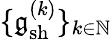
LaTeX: \{ \mathfrak{g}_{\mathrm{sh}}^{(k)}\} _{k\in\mathbb{N}}